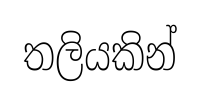
තලියකින්